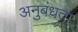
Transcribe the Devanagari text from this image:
अनुबंधता